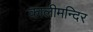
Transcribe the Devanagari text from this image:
कालीमन्दिर